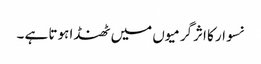
نسوار کا اثرگرمیوں میں ٹھنڈا ہوتا ہے ۔